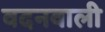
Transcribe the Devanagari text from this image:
वदनवाली